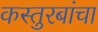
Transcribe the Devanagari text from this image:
कस्तुरबांचा